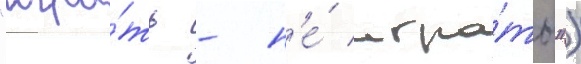
"игра́ть - н'е́ игра́ть")